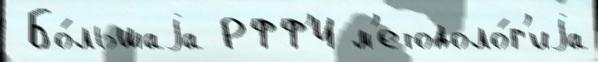
 Бо́льшаjа РФФ'И м'етодоло́г'иjа